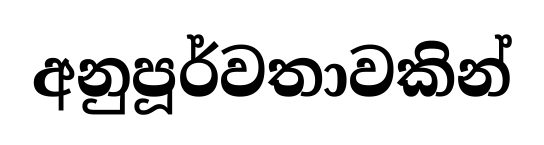
අනුපූර්වතාවකින්